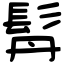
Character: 𩬅